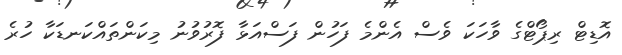
އޮޑިޓް ރިޕޯޓްގެ ވާހަކަ ވެސް އެންމެ ފަހުން ފަސްއަޅާ ފޮރުވުނު މިކަންތައްކަނޑަކާ ހުރެ